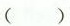
()